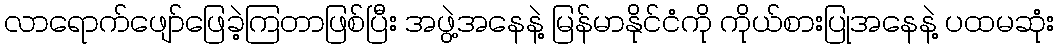
လာရောက်ဖျော်ဖြေခဲ့ကြတာဖြစ်ပြီး အဖွဲ့အနေနဲ့ မြန်မာနိုင်ငံကို ကိုယ်စားပြုအနေနဲ့ ပထမဆုံး